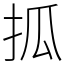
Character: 㧓